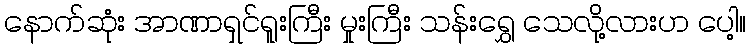
နောက်ဆုံး အာဏာရှင်ရူးကြီး မှုးကြီး သန်းရွှေ သေလို့လားဟ ပေါ့။